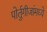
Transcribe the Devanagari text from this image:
पोर्तुगीजांमध्ये